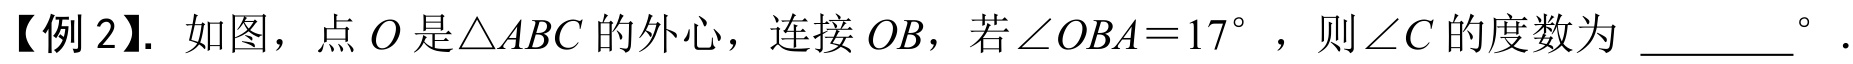
【例 2】. 如图，点\(O\)是\(\triangle ABC\)的外心，连接\(OB\)，若\(\angle OBA = 17^{\circ}\)，则\(\angle C\)的度数为 \_\_\_\_\_\(^{\circ}\).